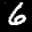
Label: 6